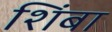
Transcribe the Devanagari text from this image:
शिंबा